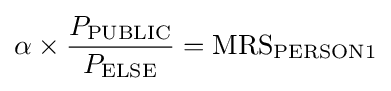
\alpha \times {\frac {P_{\text{PUBLIC}}}{P_{\text{ELSE}}}}={\text{MRS}}_{\text{PERSON1}}